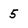
Character: 5